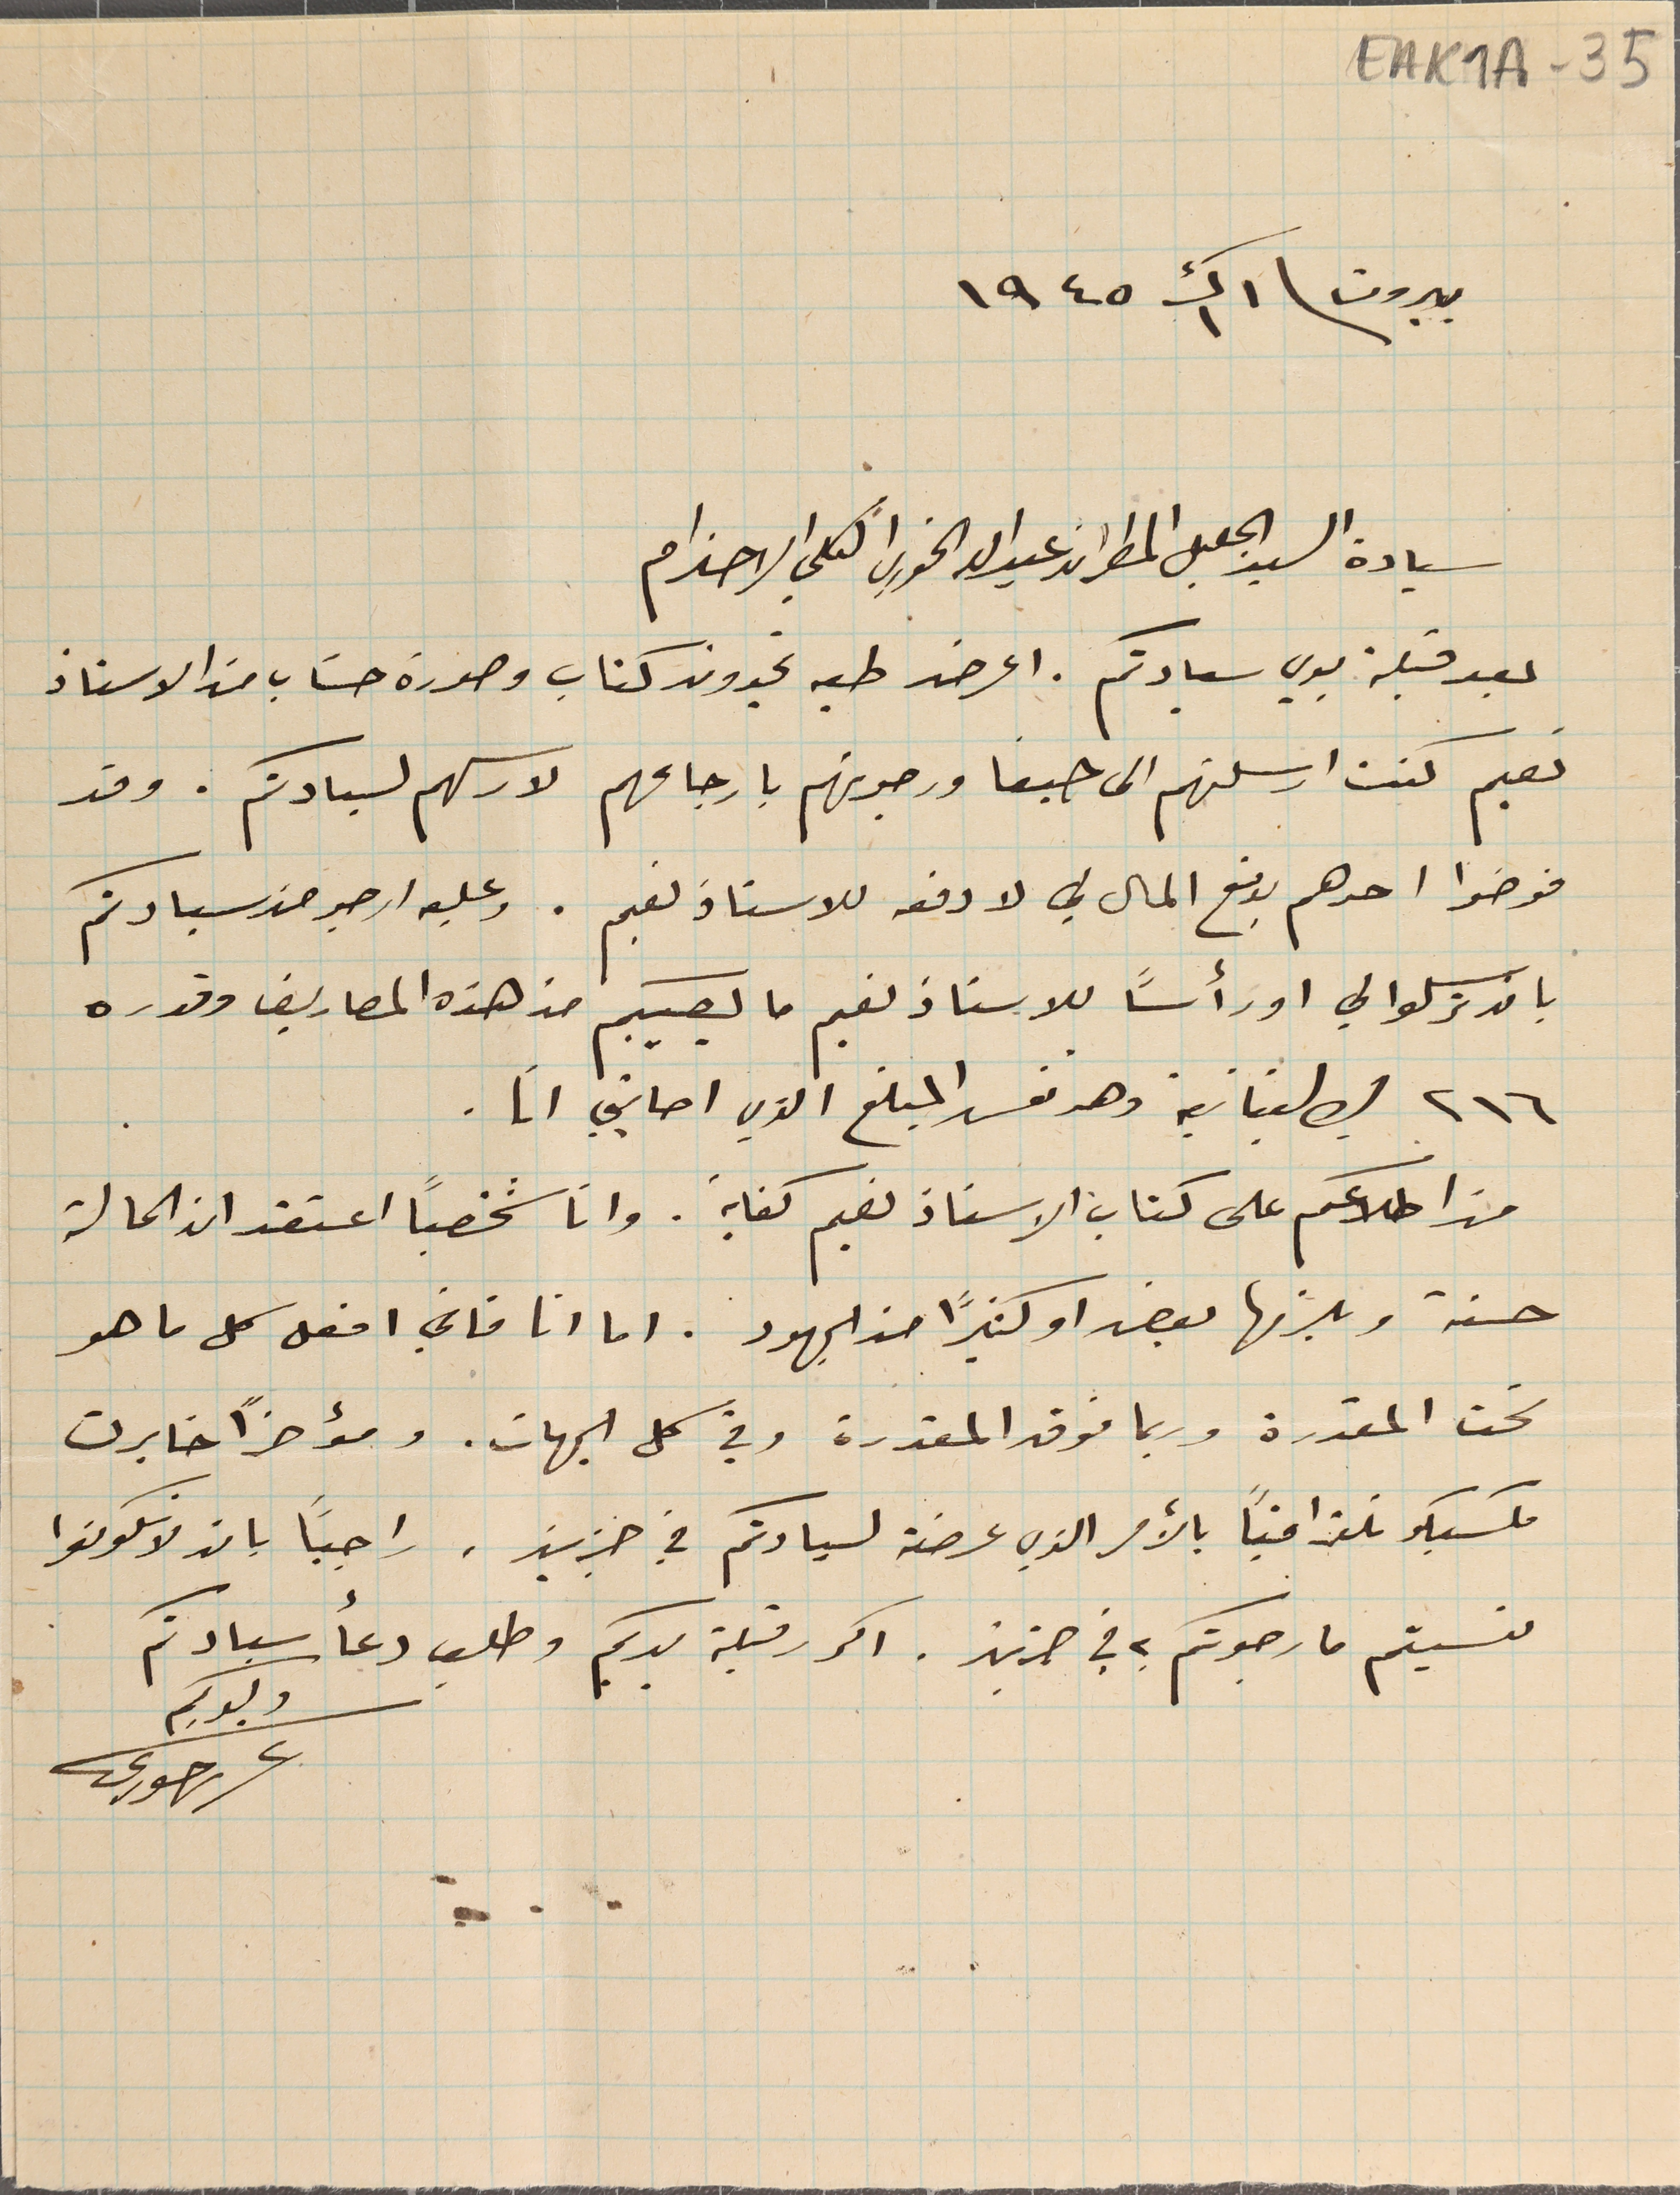
EAK1A-35
بيروت فى ١ ك١ ١٩٤٥
سيادة السيد الجليل المطران عبدالله الخوري الكلي الاحترام
بعد قبلة يدي سيادتكم. اعرض طيه تجدون كتاب وصورة حسَاب من الاستاذ
نعيم كنت ارسلتهم الى حيفا ورجوتهم بارجاعهم لارسلهم لسيادتكم. وقد
فوضوا احدهم بدفع المال لي لا دفعه للاستاذ نعيم. وعليه ارجو من سيادتكم
بان ترسلوا لي او رأساً للاستاذ نعيم ما يصيبكم من هذه المصاريف وقدره
٢١٦ ليره لبنانية وهو نفس المبلغ الذي اصابني انا.
من اطلاعكم على كتاب الاستاذ نعيم كفاية. وانا شخصياً اعتقد ان الحالة
حسنة ويلزمها بعض او كثيرًا من الجهود. اما انا فاني افعل كل ما هو
تحت المقدرة وربما فوق المقدرة وفي كل الجهات. ومؤخرًا خابرت
مكسيكو تلغرافياً بالأمر الذي عرضته لسيادتكم في جزين. راجيًا بان لا تكونوا
نسيتم ما رجوتكم به في جزين. اكرر قبلة يديكم وطلب دعأ سيادتكم
ولدكم
عرىر حورى